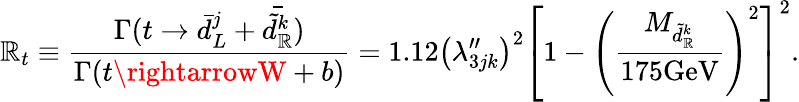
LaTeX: \mathbb{R}_{t}\equiv\frac{{\Gamma(t\rightarrow\bar{{d}}_{L}^{j}+\bar{{\tilde{{d}}_{\mathbb{R}}^{k}}})}}{{\Gamma(t\rightarrowW+b)}}=1.12\left(\lambda_{3jk}^{\prime\prime}\right)^{2}\left[1-\left(\frac{{M_{\tilde{{d}}_{\mathbb{R}}^{k}}}}{{175\mathrm{{GeV}}}}\right)^{2}\right]^{2}.